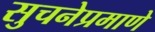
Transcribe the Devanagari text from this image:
सुचनेप्रमाणे